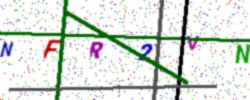
Text: NFR2VN